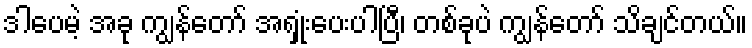
ဒါပေမဲ့ အခု ကျွန်တော် အရှုံးပေးပါပြီ၊ တစ်ခုပဲ ကျွန်တော် သိချင်တယ်။